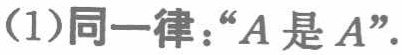
(1)同一律：“\(A\)是\(A\)”。